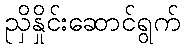
ညှိနှိုင်းဆောင်ရွက်